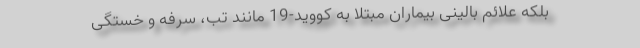
بلکه علائم بالینی بیماران مبتلا به کووید-19 مانند تب، سرفه و خستگی